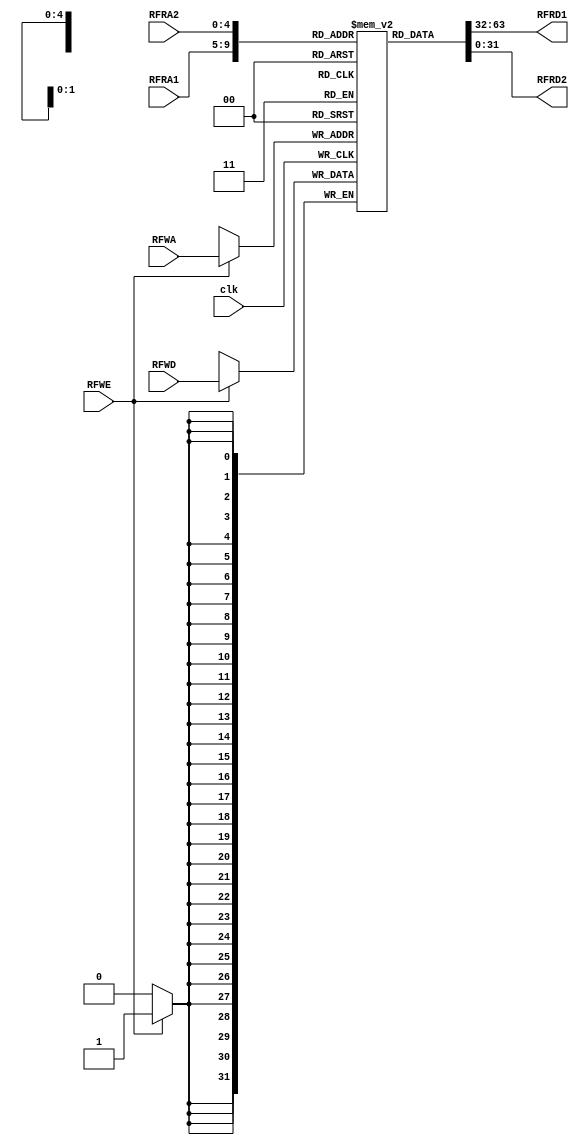
`timescale 1ns / 1ps

module RF(
    input clk,
    input RFWE, // Register File Write Enable
    input [4:0] RFRA1, // Register File Read Address 1
    input [4:0] RFRA2, // Register File Read Address 2
    input [4:0] RFWA, // Register File Write Address
    input [31:0] RFWD, // Register File Write Data
    output [31:0] RFRD1, // Register Fire Read Data 1
    output [31:0] RFRD2 // Register Fire Read Data 2
    );
    
    reg [31:0] Registers [31:0]; // 32 32-bit registers (8-25 are user variables)
    
    //Initialize Registers
    initial begin 
        //constant value 0
        Registers[0] <= 32'h00000000;
    end
    
//     Read register values onto read data outputs
    assign RFRD1 = Registers[RFRA1];
    assign RFRD2 = Registers[RFRA2];
    
    always@(posedge clk) begin
        if (RFWE) begin // If write is enabled
            Registers[RFWA] = RFWD; // Write data RFWD onto address RFWA
        end
//        else begin
//            RFRD1 = Registers[RFRA1];
//            RFRD2 = Registers[RFRA2];
//        end
    end
endmodule